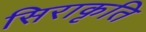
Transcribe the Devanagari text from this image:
सिराकृति